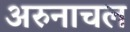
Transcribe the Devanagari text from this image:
अरुनाचल